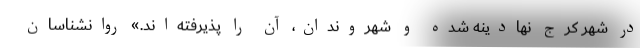
در شهر کرج نهادینه شده و شهروندان، آن را پذیرفته‌اند.» روانشناسان